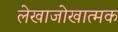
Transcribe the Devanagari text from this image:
लेखाजोखात्मक